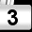
Digit: 3